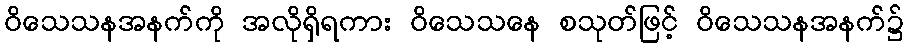
ဝိသေသနအနက်ကို အလိုရှိရကား ဝိသေသနေ စသုတ်ဖြင့် ဝိသေသနအနက်၌